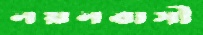
নয়নবাসী